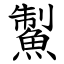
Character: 䱥